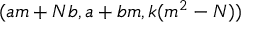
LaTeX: ( a m + N b , a + b m , k ( m ^ { 2 } - N ) )